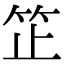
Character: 䇛